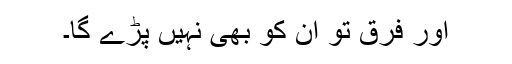
اور فرق تو ان کو بھی نہیں پڑے گا۔